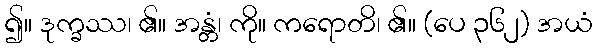
၍။ ဒုက္ခဿ၊ ၏။ အန္တံ၊ ကို။ ကရောတိ၊ ၏။ (ပေ ၃၆၂) အယံ